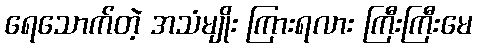
ရေသောက်တဲ့ အသံမျိုး ကြားရလား ကြီးကြီးမေ